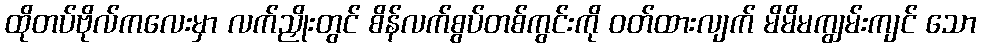
ထိုတပ်ဗိုလ်ကလေးမှာ လက်ညှိုးတွင် စိန်လက်စွပ်တစ်ကွင်းကို ဝတ်ထားလျက် မိမိမကျွမ်းကျင် သော